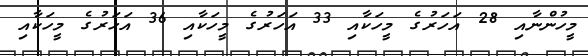
މީހުންނާއި 28 އަހަރުގެ މީހަކާއި 33 އަހަރުގެ މީހަކާއި 36 އަހަރުގެ މީހަކާއި